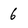
Character: 6